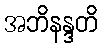
အဘိနန္ဒတိ